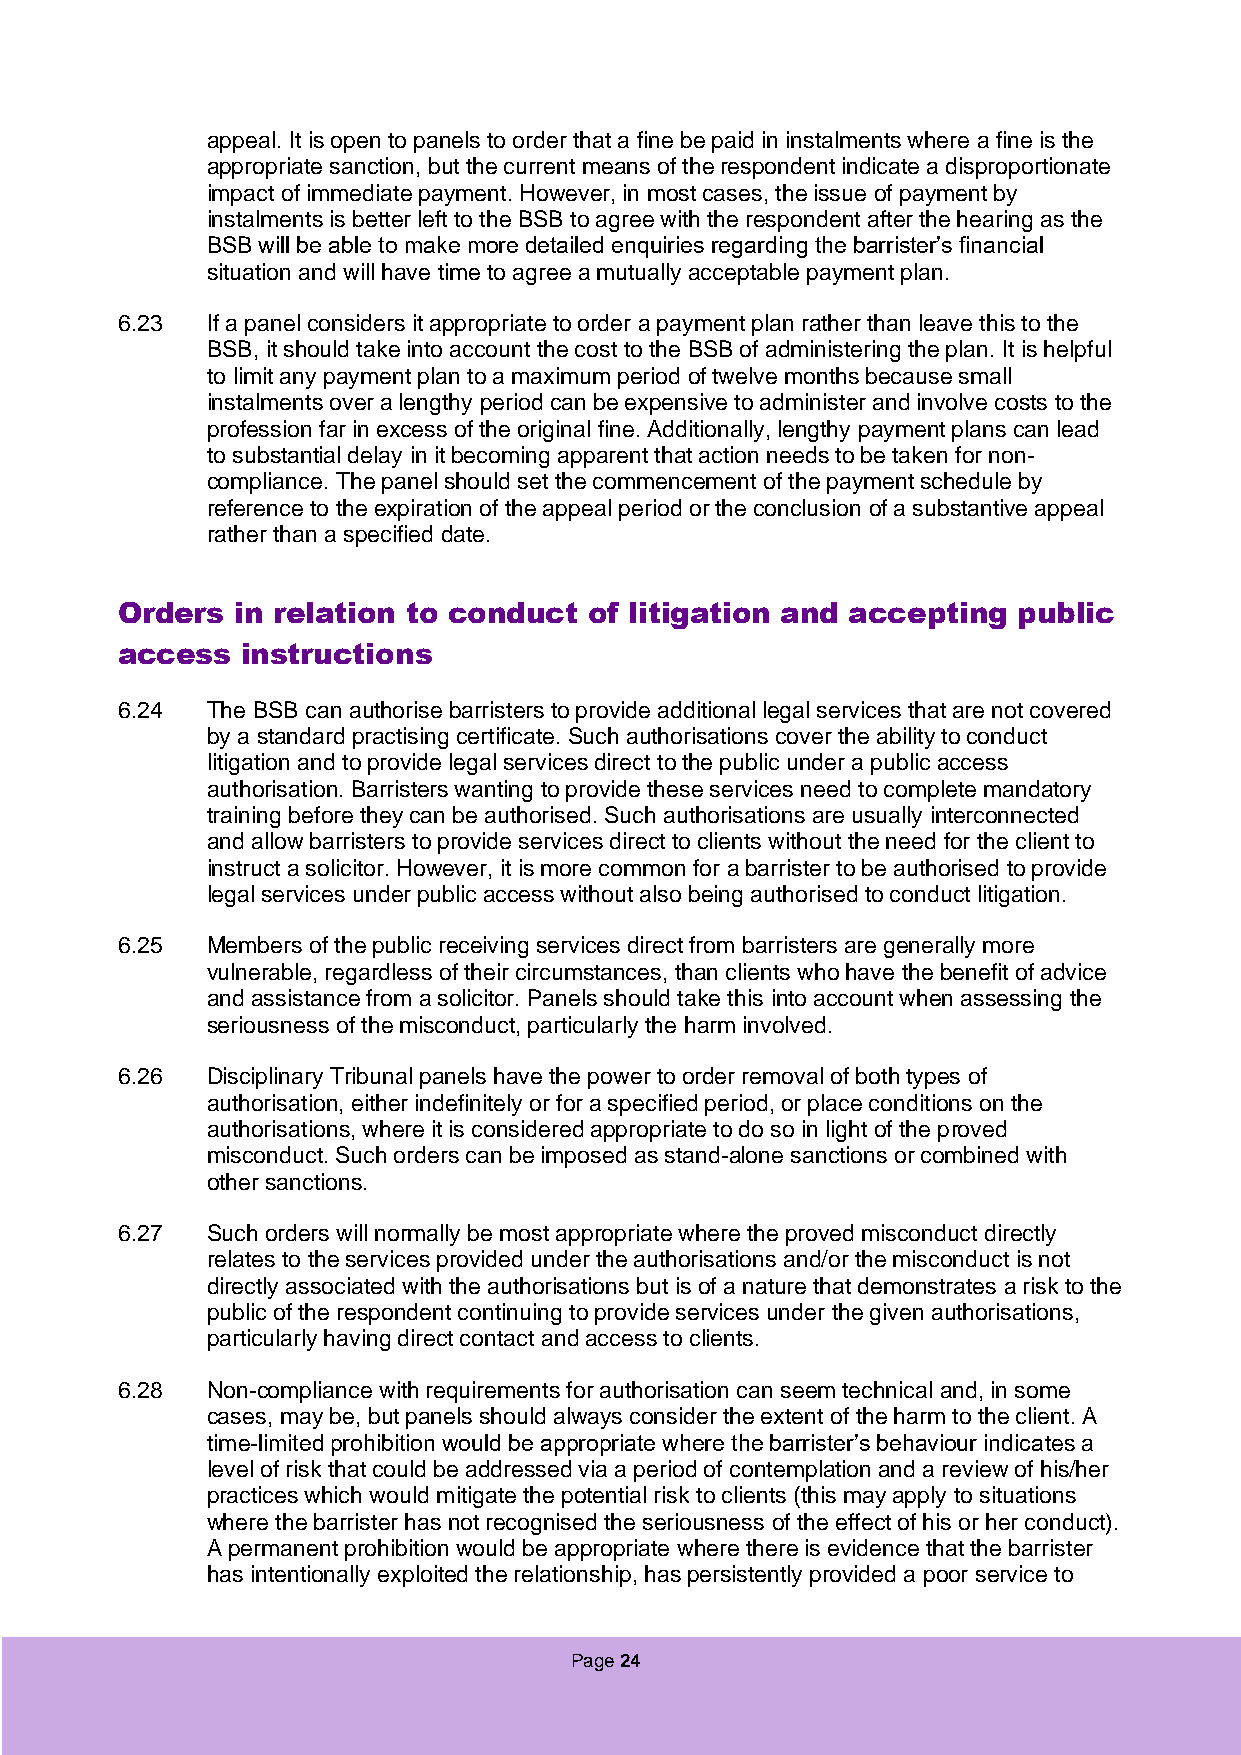
appeal. It is open to panels to order that a fine be paid in instalments where a fine is the
 appropriate sanction, but the current means of the respondent indicate a disproportionate
 impact of immediate payment. However, in most cases, the issue of payment by
 instalments is better left to the BSB to agree with the respondent after the hearing as the
 BSB will be able to make more detailed enquiries regarding the barrister’s financial
 situation and will have time to agree a mutually acceptable payment plan.
 6.23  If a panel considers it appropriate to order a payment plan rather than leave this to the
 BSB, it should take into account the cost to the BSB of administering the plan. It is helpful
 to limit any payment plan to a maximum period of twelve months because small
 instalments over a lengthy period can be expensive to administer and involve costs to the
 profession far in excess of the original fine. Additionally, lengthy payment plans can lead
 to substantial delay in it becoming apparent that action needs to be taken for non-
 compliance. The panel should set the commencement of the payment schedule by
 reference to the expiration of the appeal period or the conclusion of a substantive appeal
 rather than a specified date.
 Orders  in relation to conduct of litigation and accepting public
 access  instructions
 6.24  The BSB can authorise barristers to provide additional legal services that are not covered
 by a standard practising certificate. Such authorisations cover the ability to conduct
 litigation and to provide legal services direct to the public under a public access
 authorisation. Barristers wanting to provide these services need to complete mandatory
 training before they can be authorised. Such authorisations are usually interconnected
 and allow barristers to provide services direct to clients without the need for the client to
 instruct a solicitor. However, it is more common for a barrister to be authorised to provide
 legal services under public access without also being authorised to conduct litigation.
 6.25  Members of the public receiving services direct from barristers are generally more
 vulnerable, regardless of their circumstances, than clients who have the benefit of advice
 and assistance from a solicitor. Panels should take this into account when assessing the
 seriousness of the misconduct, particularly the harm involved.
 6.26  Disciplinary Tribunal panels have the power to order removal of both types of
 authorisation, either indefinitely or for a specified period, or place conditions on the
 authorisations, where it is considered appropriate to do so in light of the proved
 misconduct. Such orders can be imposed as stand-alone sanctions or combined with
 other sanctions.
 6.27  Such orders will normally be most appropriate where the proved misconduct directly
 relates to the services provided under the authorisations and/or the misconduct is not
 directly associated with the authorisations but is of a nature that demonstrates a risk to the
 public of the respondent continuing to provide services under the given authorisations,
 particularly having direct contact and access to clients.
 6.28  Non-compliance with requirements for authorisation can seem technical and, in some
 cases, may be, but panels should always consider the extent of the harm to the client. A
 time-limited prohibition would be appropriate where the barrister’s behaviour indicates a
 level of risk that could be addressed via a period of contemplation and a review of his/her
 practices which would mitigate the potential risk to clients (this may apply to situations
 where the barrister has not recognised the seriousness of the effect of his or her conduct).
 A permanent prohibition would be appropriate where there is evidence that the barrister
 has intentionally exploited the relationship, has persistently provided a poor service to
 Page 24